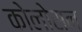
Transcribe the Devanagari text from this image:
कोलोसन